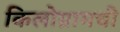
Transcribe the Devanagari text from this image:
किलोग्रामची